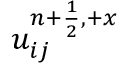
u _ { i j } ^ { { n + \frac { 1 } { 2 } } , + x }